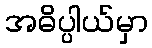
အဓိပ္ပါယ်မှာ